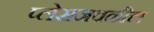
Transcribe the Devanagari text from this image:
प्लेसजवळील